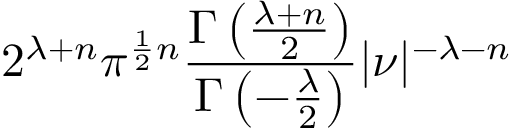
2 ^ { \lambda + n } \pi ^ { { \frac { 1 } { 2 } } n } { \frac { \Gamma \left( { \frac { \lambda + n } { 2 } } \right) } { \Gamma \left( - { \frac { \lambda } { 2 } } \right) } } | { \boldsymbol { \nu } } | ^ { - \lambda - n }